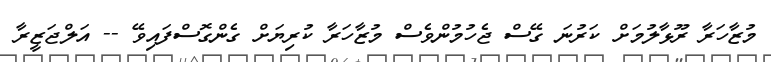
މުޒާހަރާ ރޫޅާލުމަށް ކަރުނަ ގޭސް ޖެހުމުންވެސް މުޒާހަރާ ކުރިޔަށް ގެންގޮސްފައިވޭ -- އަލްޖަޒީރާ